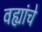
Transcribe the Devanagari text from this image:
वह्यांचे